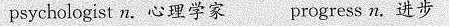
psychologist n.心理学家 progress n.进步